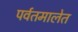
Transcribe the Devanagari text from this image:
पर्वतमालेत